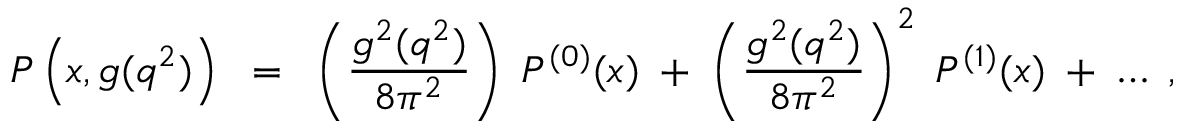
P \left( x , g ( q ^ { 2 } ) \right) \; \; = \; \; \left( \frac { g ^ { 2 } ( q ^ { 2 } ) } { 8 \pi ^ { 2 } } \right) \; P ^ { ( 0 ) } ( x ) \; + \; \left( \frac { g ^ { 2 } ( q ^ { 2 } ) } { 8 \pi ^ { 2 } } \right) ^ { 2 } \; P ^ { ( 1 ) } ( x ) \; + \; \ldots \; ,